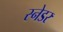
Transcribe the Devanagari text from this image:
स्नेडर